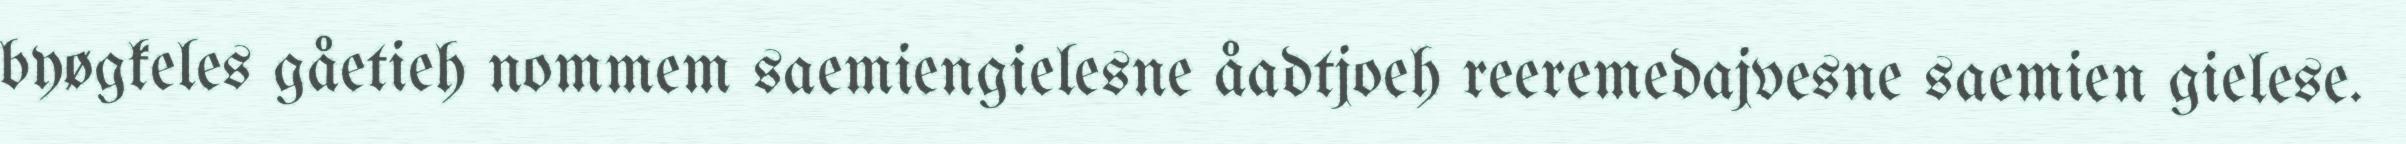
byøgkeles gåetieh nommem saemiengielesne åadtjoeh reeremedajvesne saemien gielese.